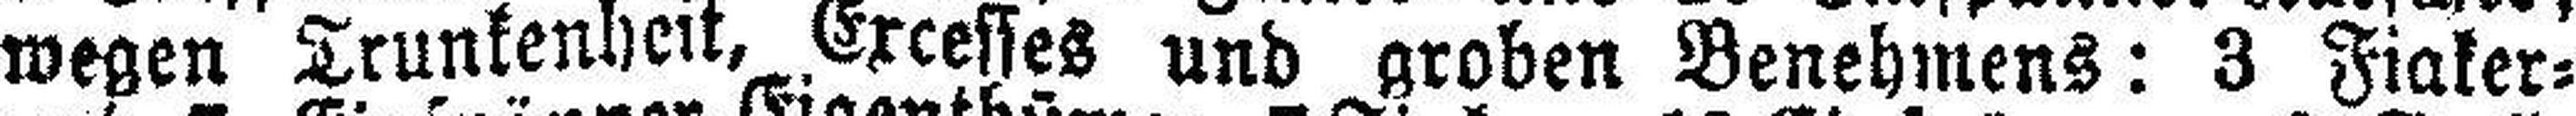
wegen Trunkenheit, Excesses und groben Benehmens: 3 Fiaker=